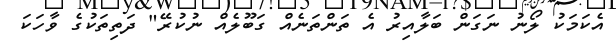
އެކަމަކު ލޯނު ނަގަން ބަލާއިރު އެ ތަންތަނެއް ގަބޫލެއް ނުކުރޭ" ދަތިތަކުގެ ވާހަކަ